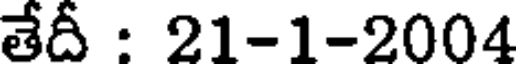
తేదీ : 21-1-2004